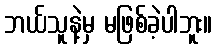
ဘယ်သူနဲ့မှ မဖြစ်ခဲ့ပါဘူး။